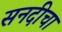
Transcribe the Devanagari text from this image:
सनदीचा